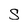
Character: S